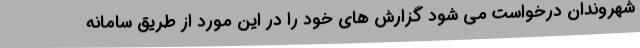
شهروندان درخواست می شود گزارش های خود را در این مورد از طریق سامانه